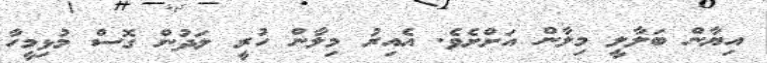
އިޔާން ބަލާލީ މިލާން އަށްށެވެ. އެއިރު މިލާން ހުރީ ލަދުން ގޮސް މުޅިމީހާ